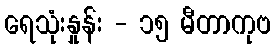
ရေသုံးနှုန်း - ၁၅ မီတာကုဗ